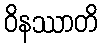
ဝိနဿာတိ